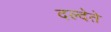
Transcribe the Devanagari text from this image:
दल्देते